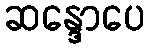
ဆန္ဒောပေ